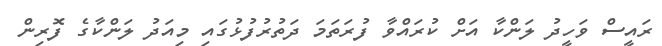
ރައީސް ވަހީދު ލަންކާ އަށް ކުރައްވާ ފުރަތަމަ ދަތުރުފުޅުގައި މިއަދު ލަންކާގެ ފޮރިން